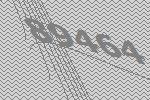
89464